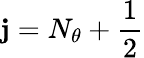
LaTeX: \mathbf{j}=N_{\theta}+\frac{{1}}{{2}}